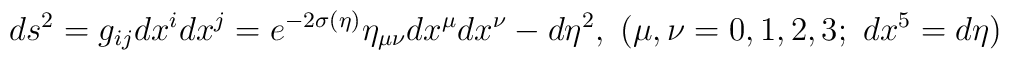
ds^2=g_{ij}dx^idx^j=e^{-2\sigma(\eta)}\eta_{\mu\nu}dx^\mu dx^\nu-d\eta^2,~(\mu,\nu=0,1,2,3;~dx^5=d\eta )